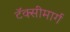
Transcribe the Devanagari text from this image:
टॅक्सीमार्ग